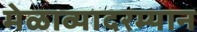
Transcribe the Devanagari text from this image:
मेळाव्यादरम्यान